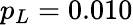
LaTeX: p_{L}=0.010